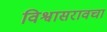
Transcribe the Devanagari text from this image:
विश्वासरावचा